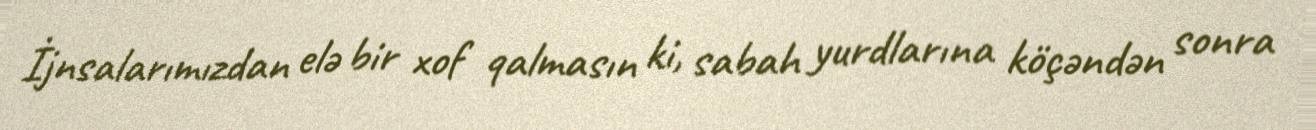
İjnsalarımızdan elə bir xof qalmasın ki, sabah yurdlarına köçəndən sonra